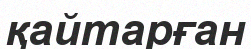
қайтарған